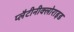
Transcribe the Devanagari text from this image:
प्लैटीनीक्लोराइड